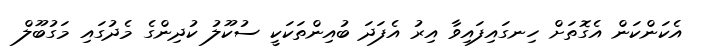
އެކަންކަން އެގޮތަށް ހިނގައިފައިވާ އިރު އެފަދަ ބުއިންތަކަކީ ސުކޫލު ކުދިންގެ މެދުގައި މަގުބޫލް